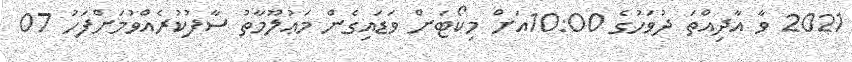
2021 ވާ އާދިއްތަ ދުވަހުގެ 10:00އަށް މިކޯޓަށް ވަޑައިގެން މަޢުލޫމާތު ސާފުކުރެއްވުމަށްފަހު 07